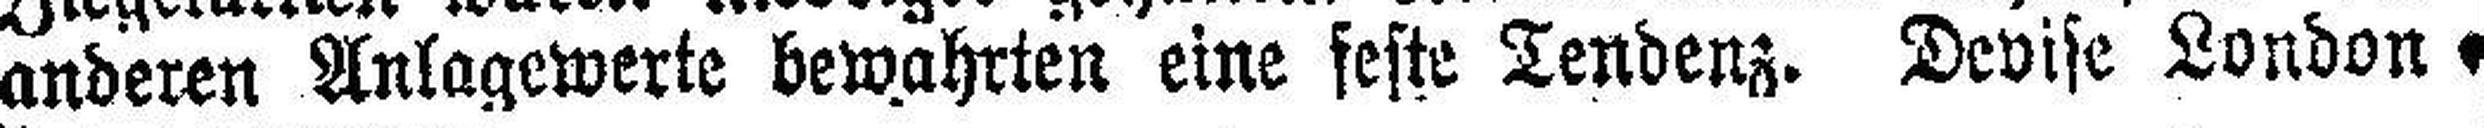
anderen Anlagewerte bewahrten eine feste Tendenz. Devise London